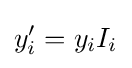
y'_{i}=y_{i}I_{i}